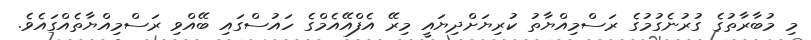
މި މުބާރާތުގެ ގުރުނެގުމުގެ ރަސްމިއްޔާތު ކުރިޔަށްދިޔައީ މިރޭ އެފްއޭއެމްގެ ހައުސްގައި ބޭއްވި ރަސްމިއްޔާތެއްގައެވެ.